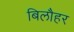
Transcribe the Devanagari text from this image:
बिलौहर